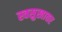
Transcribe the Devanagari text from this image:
स्वसुखावर